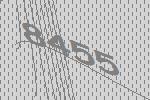
8455